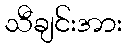
သီချင်းအား